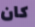
كان